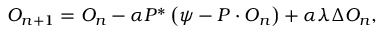
O _ { n + 1 } = O _ { n } - \alpha P ^ { * } \left( \psi - P \cdot O _ { n } \right) + \alpha \lambda \Delta O _ { n } ,